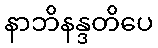
နာဘိနန္ဒတိပေ